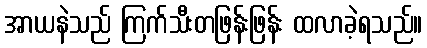
အာယနဲသည် ကြက်သီးတဖြန်းဖြန်း ထလာခဲ့ရသည်။